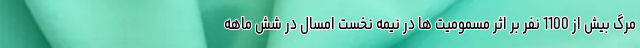
مرگ بیش از 1100 نفر بر اثر مسمومیت ها در نیمه نخست امسال در شش ماهه